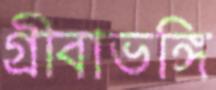
গ্রীবাভঙ্গি